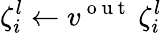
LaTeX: \zeta_{i}^{l}\gets v^{\mathrm{~o~u~t~}}\: \zeta_{i}^{l}